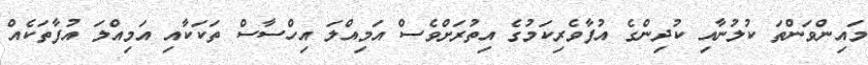
މައިންވަންތަ ކުލުނާއި ކުދިންގެ އުފާވެރިކަމުގެ އިތުރަށްވެސް އަމިއްލަ އިހްސާސް ތަކަކާއި އަމިއްލަ އުފާތަކެއް